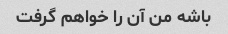
باشه من آن را خواهم گرفت